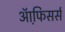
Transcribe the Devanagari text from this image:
ऑफि़सर्स